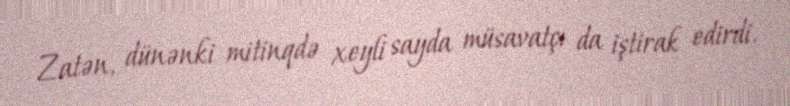
Zatən, dünənki mitinqdə xeyli sayda müsavatçı da iştirak edirdi.